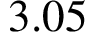
3 . 0 5